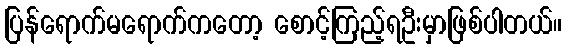
ပြန်ရောက်မရောက်ကတော့ စောင့်ကြည့်ရဦးမှာဖြစ်ပါတယ်။